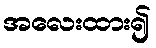
အလေးထား၍